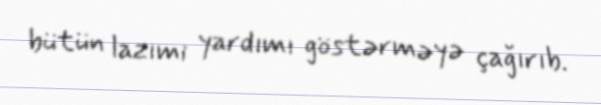
bütün lazımi yardımı göstərməyə çağırıb.